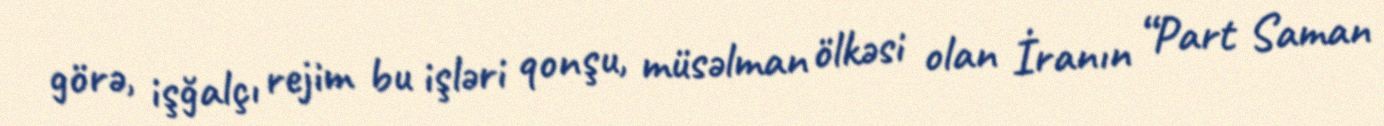
görə, işğalçı rejim bu işləri qonşu, müsəlman ölkəsi olan İranın “Part Saman